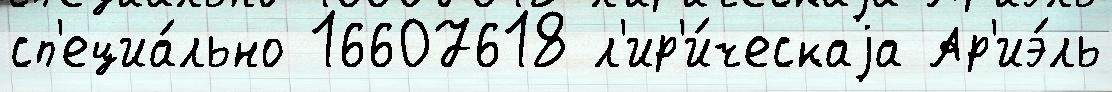
сп'ециа́льно 16607618 л'ир'и́ческаjа Ар'иэ́ль